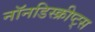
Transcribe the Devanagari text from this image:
नॉनडिस्क्रीप्ट्स